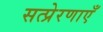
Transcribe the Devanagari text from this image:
सत्प्रेरणाएँ